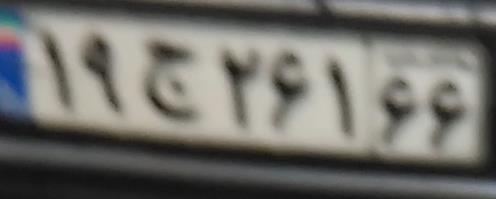
۱۹ج۲۶۱۶۶